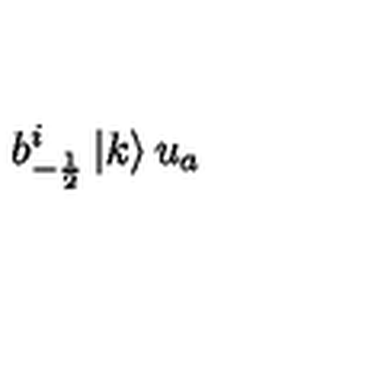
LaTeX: b _ { - \frac { 1 } { 2 } } ^ { i } \left| k \right> u _ { a }